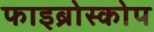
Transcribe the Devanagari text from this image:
फाइब्रोस्कोप